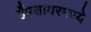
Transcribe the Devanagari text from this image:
हँपशायरमध्ये